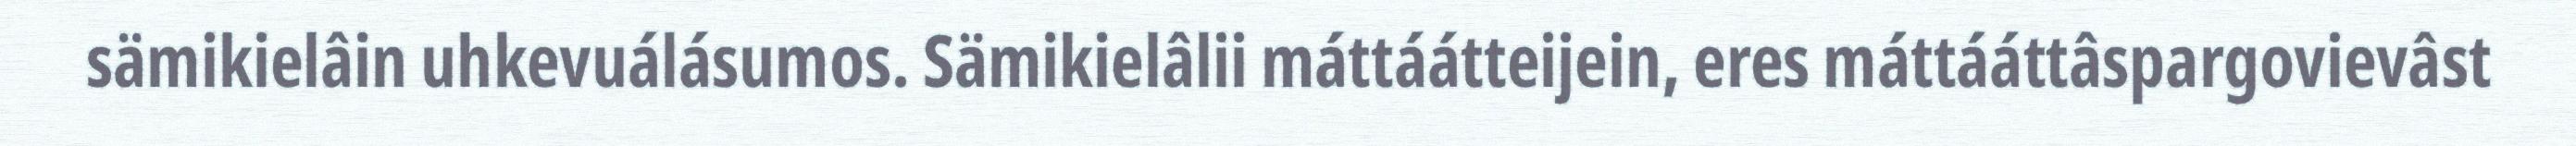
sämikielâin uhkevuálásumos. Sämikielâlii máttáátteijein, eres máttááttâspargovievâst